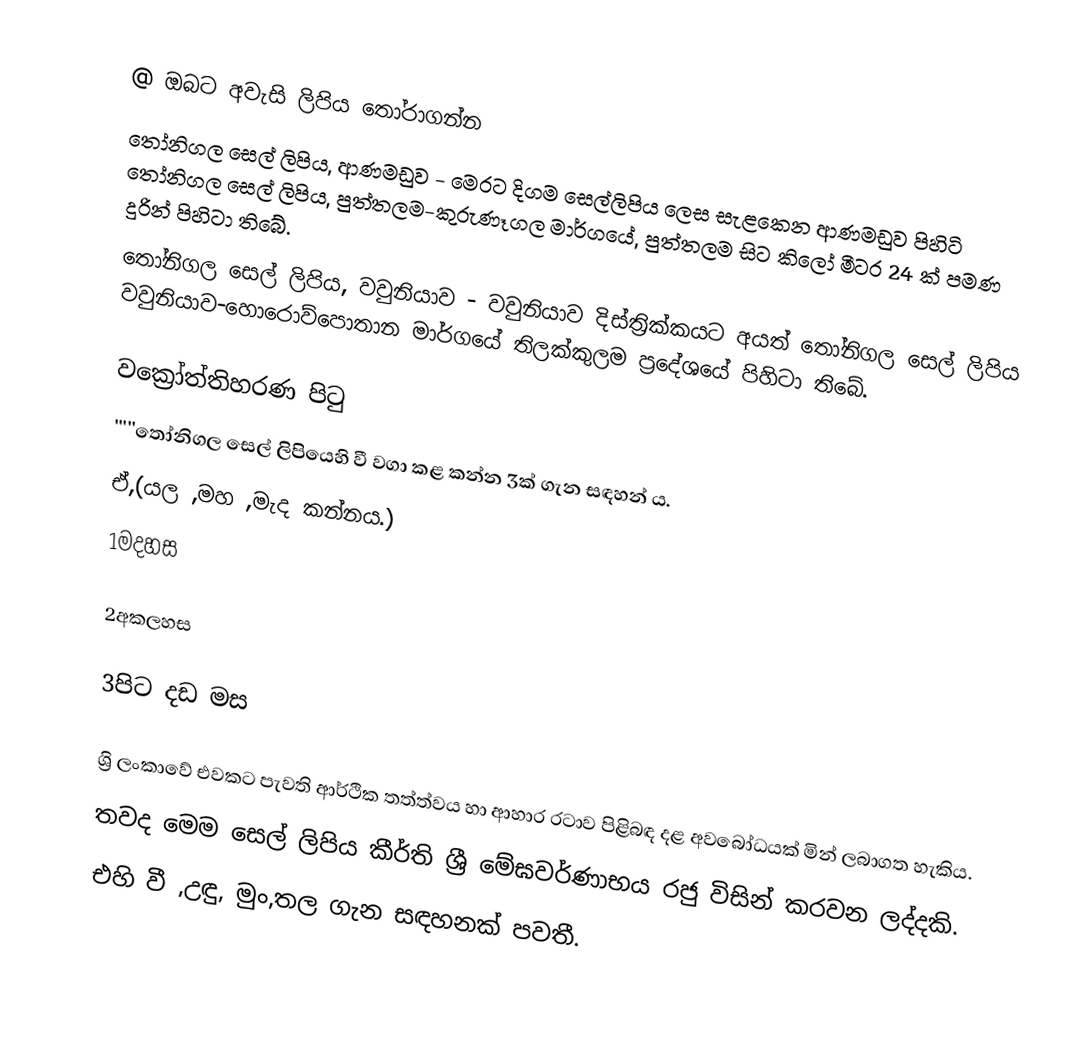
@ ඔබට අවැසි ලිපිය තෝරාගන්න
 තෝනිගල සෙල් ලිපිය, ආණමඩුව - මෙරට දිගම සෙල්ලිපිය ලෙස සැළකෙන ආණමඩුව පිහිටි තෝනිගල සෙල් ලිපිය, පුත්තලම-කුරුණෑගල මාර්ගයේ, පුත්තලම සිට කිලෝ මීටර 24 ක් පමණ දුරින් පිහිටා තිබේ.
 තෝනිගල සෙල් ලිපිය, වවුනියාව -  වවුනියාව දිස්ත්‍රික්කයට අයත් තෝනිගල සෙල් ලිපිය වවුනියාව-හොරොව්පොතාන මාර්ගයේ තිලක්කුලම ප්‍රදේශයේ පිහිටා තිබේ.

වක්‍රෝත්තිහරණ පිටු
'''''තෝනිගල සෙල් ලිපියෙහි වී වගා කළ කන්න 3ක් ගැන සඳහන් ය.
ඒ,(යල ,මහ ,මැද කන්නය.)
1මදහස

2අකලහස

3පිට දඩ මස

ශ්‍රි ලංකාවේ එවකට පැවති ආර්ථික තත්ත්වය හා ආහාර රටාව පිළිබඳ දළ අවබෝධයක් මින් ලබාගත හැකිය.
තවද මෙම සෙල් ලිපිය කීර්ති ශ්‍රී මේඝවර්ණාභය රජු විසින් කරවන ලද්දකි.
එහි වී ,උඳු, මුං,තල ගැන සඳහනක් පවතී.